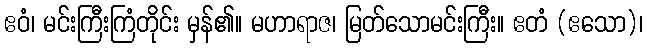
ဧဝံ၊ မင်းကြီးကြံတိုင်း မှန်၏။ မဟာရာဇ၊ မြတ်သောမင်းကြီး။ ဧတံ (ဧသော)၊